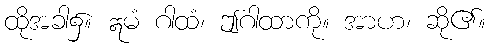
ထိုအခါ၌။ ဣမံ ဂါထံ၊ ဤဂါထာကို။ အာဟ၊ ဆို၏။